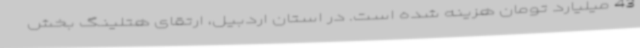
43 میلیارد تومان هزینه شده است. در استان اردبیل، ارتقای هتلینگ بخش